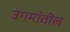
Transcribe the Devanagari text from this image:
उगमांतील